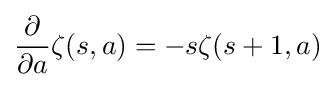
{\frac {\partial }{\partial a}}\zeta (s,a)=-s\zeta (s+1,a)